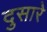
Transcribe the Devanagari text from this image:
दुसारे